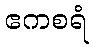
ဧကစရံ